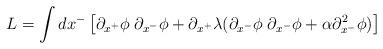
LaTeX: \begin{align*}L= \int d x^- \left[\partial_{x^+} \phi \; \partial_{x^-}\phi + \partial_{x^+}\lambda( \partial_{x^-}\phi \; \partial_{x^-}\phi +\alpha \partial^2_{x^-}\phi)\right]\end{align*}